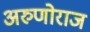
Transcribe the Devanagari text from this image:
अरुणोराज